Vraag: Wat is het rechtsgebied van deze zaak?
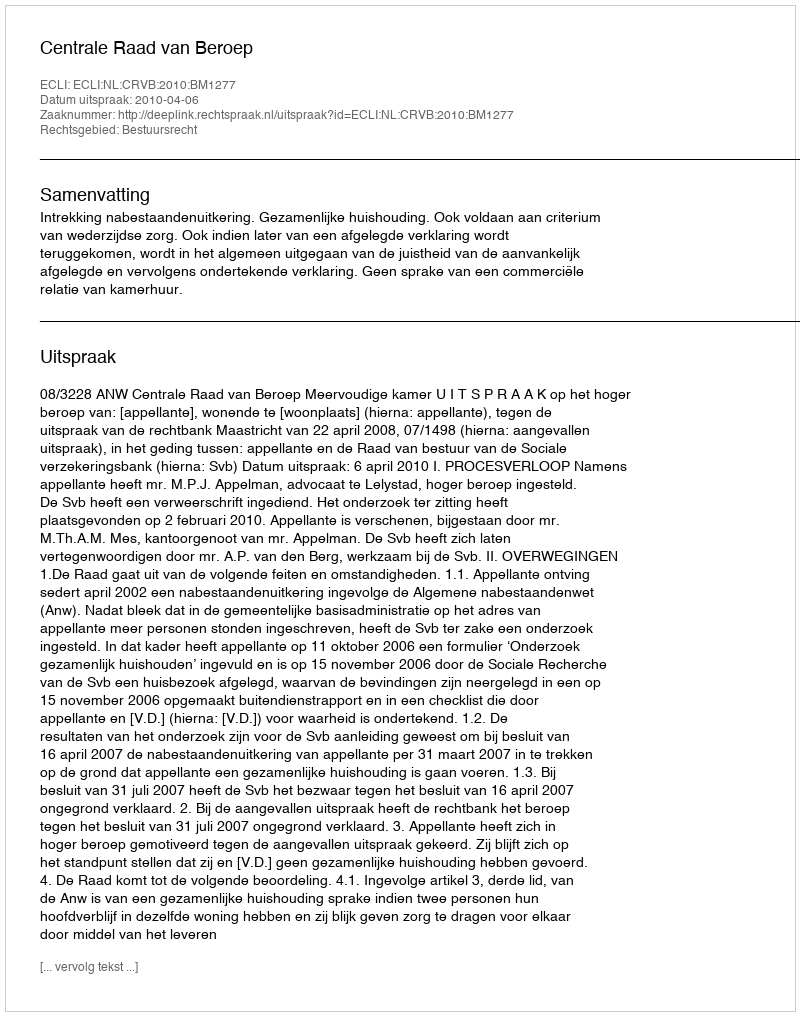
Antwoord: Bestuursrecht